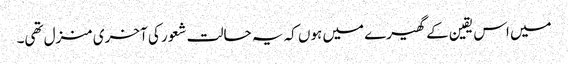
میں اس یقین کے گھیرے میں ہوں کہ یہ حالت شعور کی آخری منزل تھی۔